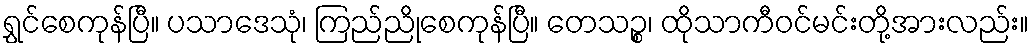
ရွှင်စေကုန်ပြီ။ ပသာဒေသုံ၊ ကြည်ညိုစေကုန်ပြီ။ တေသဉ္စ၊ ထိုသာကီဝင်မင်းတို့အားလည်း။